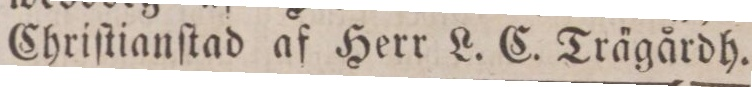
Chriſtianſtad af Herr L. C. Trägårdh.